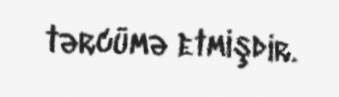
tərcümə etmişdir.